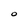
Character: 0